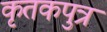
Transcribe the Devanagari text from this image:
कृतकपुत्र